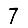
Digit: 7